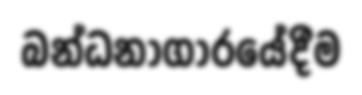
බන්ධනාගාරයේදීම